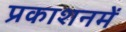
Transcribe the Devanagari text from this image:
प्रकाशनमें